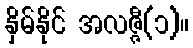
နှိမ်နိုင် အလဇ္ဇီ(၁)။